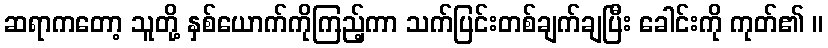
ဆရာကတော့ သူတို့ နှစ်ယောက်ကိုကြည့်ကာ သက်ပြင်းတစ်ချက်ချပြီး ခေါင်းကို ကုတ်၏ ။